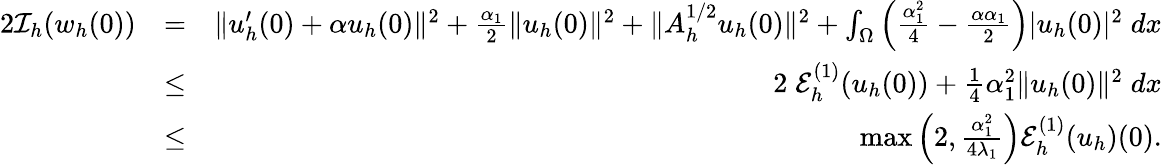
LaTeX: \begin{array}{rlr}{2{\cal I}_{h}(w_{h}(0))}&{=}&{\| u_{h}^{\prime}(0)+\alpha u_{h}(0)\| ^{2}+\frac{\alpha_{1}}{2}\| u_{h}(0)\| ^{2}+\| A_{h}^{1/2}u_{h}(0)\| ^{2}+\int_{\Omega}\left(\frac{\alpha_{1}^{2}}{4}-\frac{\alpha\alpha_{1}}{2}\right)|u_{h}(0)|^{2}\; dx}\\ &{\leq}&{2\; {\cal E}_{h}^{(1)}(u_{h}(0))+\frac{1}{4}\alpha_{1}^{2}\| u_{h}(0)\| ^{2}\; dx}\\ &{\leq}&{\operatorname*{max}\left(2,\frac{\alpha_{1}^{2}}{4\lambda_{1}}\right){\cal E}_{h}^{(1)}(u_{h})(0).}\end{array}